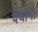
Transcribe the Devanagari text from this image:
पथांना